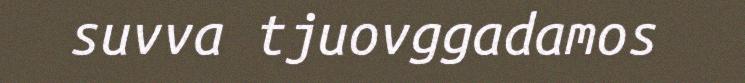
suvva tjuovggadamos